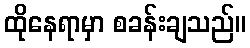
ထိုနေရာမှာ စခန်းချသည်။